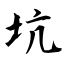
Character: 坑